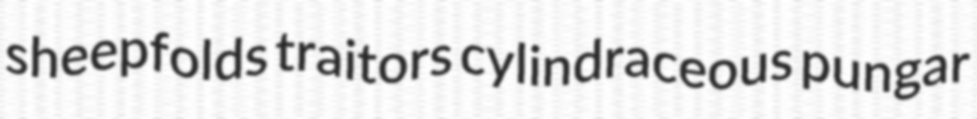
sheepfolds traitors cylindraceous pungar